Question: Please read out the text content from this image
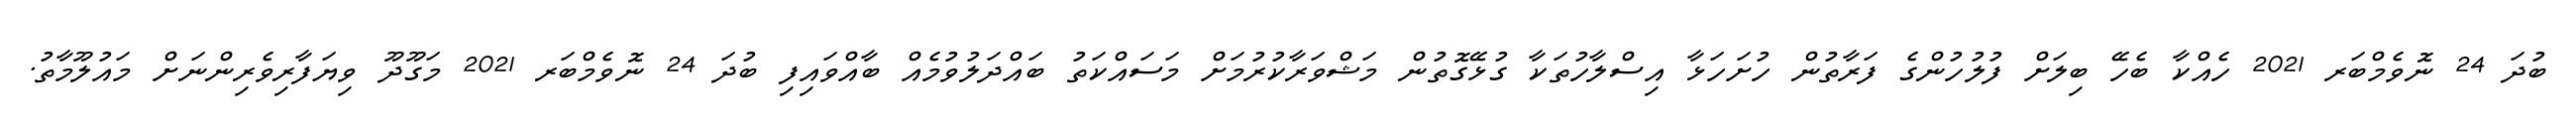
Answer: ބުދަ 24 ނޮވެމްބަރ 2021 ހެއްކާ ބެހޭ ބިލަށް ފުލުހުންގެ ފަރާތުން ހުށަހަޅާ އިސްލާހުތަކާ ގުޅޭގޮތުން މަޝްވަރާކުރުމަށް މަސައްކަތު ބައްދަލުވުމެއް ބާއްވައިފި ބުދަ 24 ނޮވެމްބަރ 2021 މަގޫދޫ ވިޔަފާރިވެރިންނަށް މައުލޫމާތު.